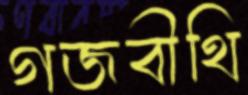
গজবীথি